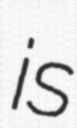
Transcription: is